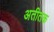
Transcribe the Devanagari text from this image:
अतीतक